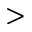
>